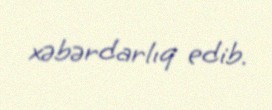
xəbərdarlıq edib.